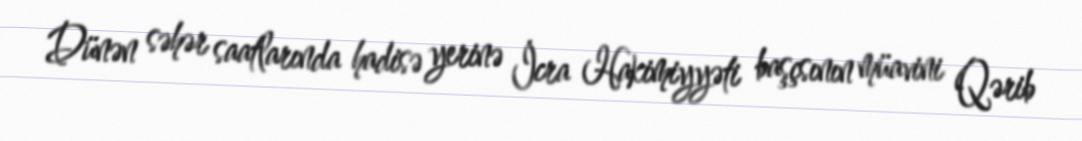
Dünən səhər saatlarında hadisə yerinə İcra Hakimiyyəti başçsının müavini Qərib